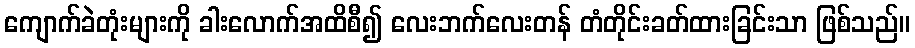
ကျောက်ခဲတုံးများကို ခါးလောက်အထိစီ၍ လေးဘက်လေးတန် တံတိုင်းခတ်ထားခြင်းသာ ဖြစ်သည်။